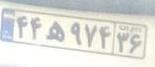
۴۴ه۹۷۴۳۶